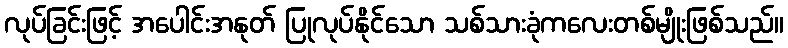
လုပ်ခြင်းဖြင့် အပေါင်းအနုတ် ပြုလုပ်နိုင်သော သစ်သားခုံကလေးတစ်မျိုးဖြစ်သည်။